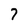
Character: 7